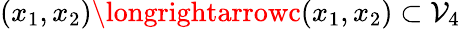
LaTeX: (x_{1},x_{2})\longrightarrowc(x_{1},x_{2})\subset\mathcal{V}_{4}